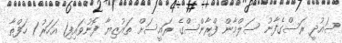
ސައުދީ ރަސްގެފާނު ސަލްމާން ފްރާންސްގެ ރައީސަށް ތައުޒިޔާ ފޮނުވައިފި1 އަހަރު 1 ހަފްތާ